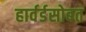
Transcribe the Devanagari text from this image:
हार्वर्डसोबत